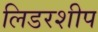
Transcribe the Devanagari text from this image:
लिडरशीप